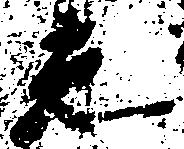
光